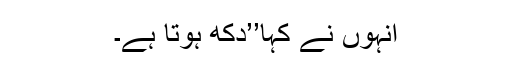
انہوں نے کہا’’دکھ ہوتا ہے۔